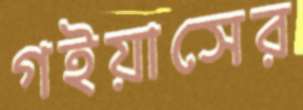
গইয়াসের